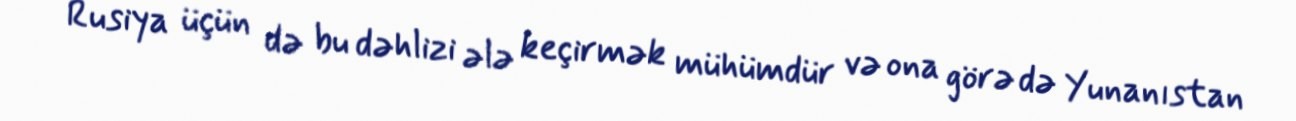
Rusiya üçün də bu dəhlizi ələ keçirmək mühümdür və ona görə də Yunanıstan